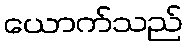
ယောက်သည်